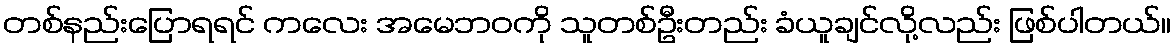
တစ်နည်းပြောရရင် ကလေး အမေဘဝကို သူတစ်ဦးတည်း ခံယူချင်လို့လည်း ဖြစ်ပါတယ်။